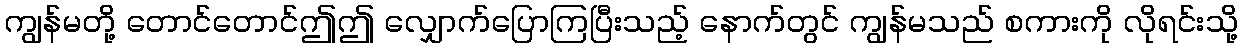
ကျွန်မတို့ တောင်တောင်ဤဤ လျှောက်ပြောကြပြီးသည့် နောက်တွင် ကျွန်မသည် စကားကို လိုရင်းသို့